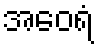
အဝေရံ